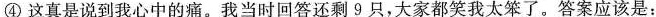
④这真是说到我心中的痛。我当时回答还剩9只，大家都笑我太笨了。答案应该是：